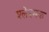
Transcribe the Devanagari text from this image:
श्लेश्मक